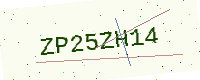
Text: ZP25ZH14